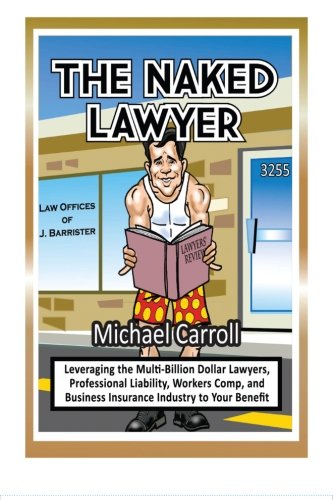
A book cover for The Naked Lawyer; Michael P. Carroll; Business & Money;